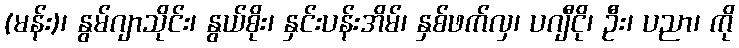
(မန်း)၊ နွမ်ဂျာသိုင်း၊ နွယ်စိုး၊ နှင်းပန်းအိမ်၊ နှစ်ဖက်လှ၊ ပဂျီငို၊ ဦး၊ ပညာ၊ ကို